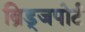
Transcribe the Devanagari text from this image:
ब्रिड्जपोर्ट